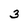
Character: 3